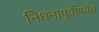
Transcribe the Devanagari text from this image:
निधनापूर्वीपर्यंत